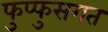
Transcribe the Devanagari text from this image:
फुप्फुसगत